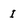
Character: I